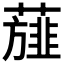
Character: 𮑸